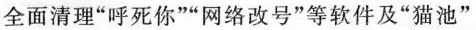
全面清理”呼死你””网络改号”等软件及”猫池”